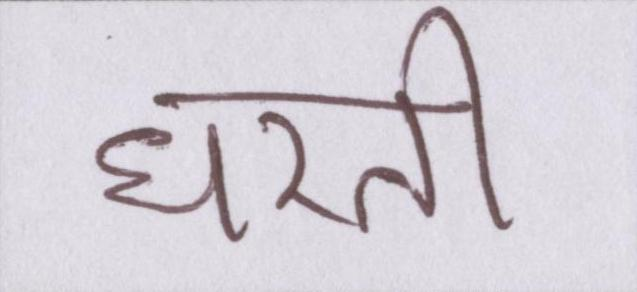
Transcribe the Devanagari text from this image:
धरती